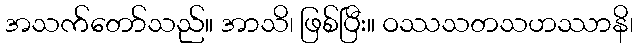
အသက်တော်သည်။ အာသိ၊ ဖြစ်ပြီး။ ဝဿသတသဟဿာနိ၊